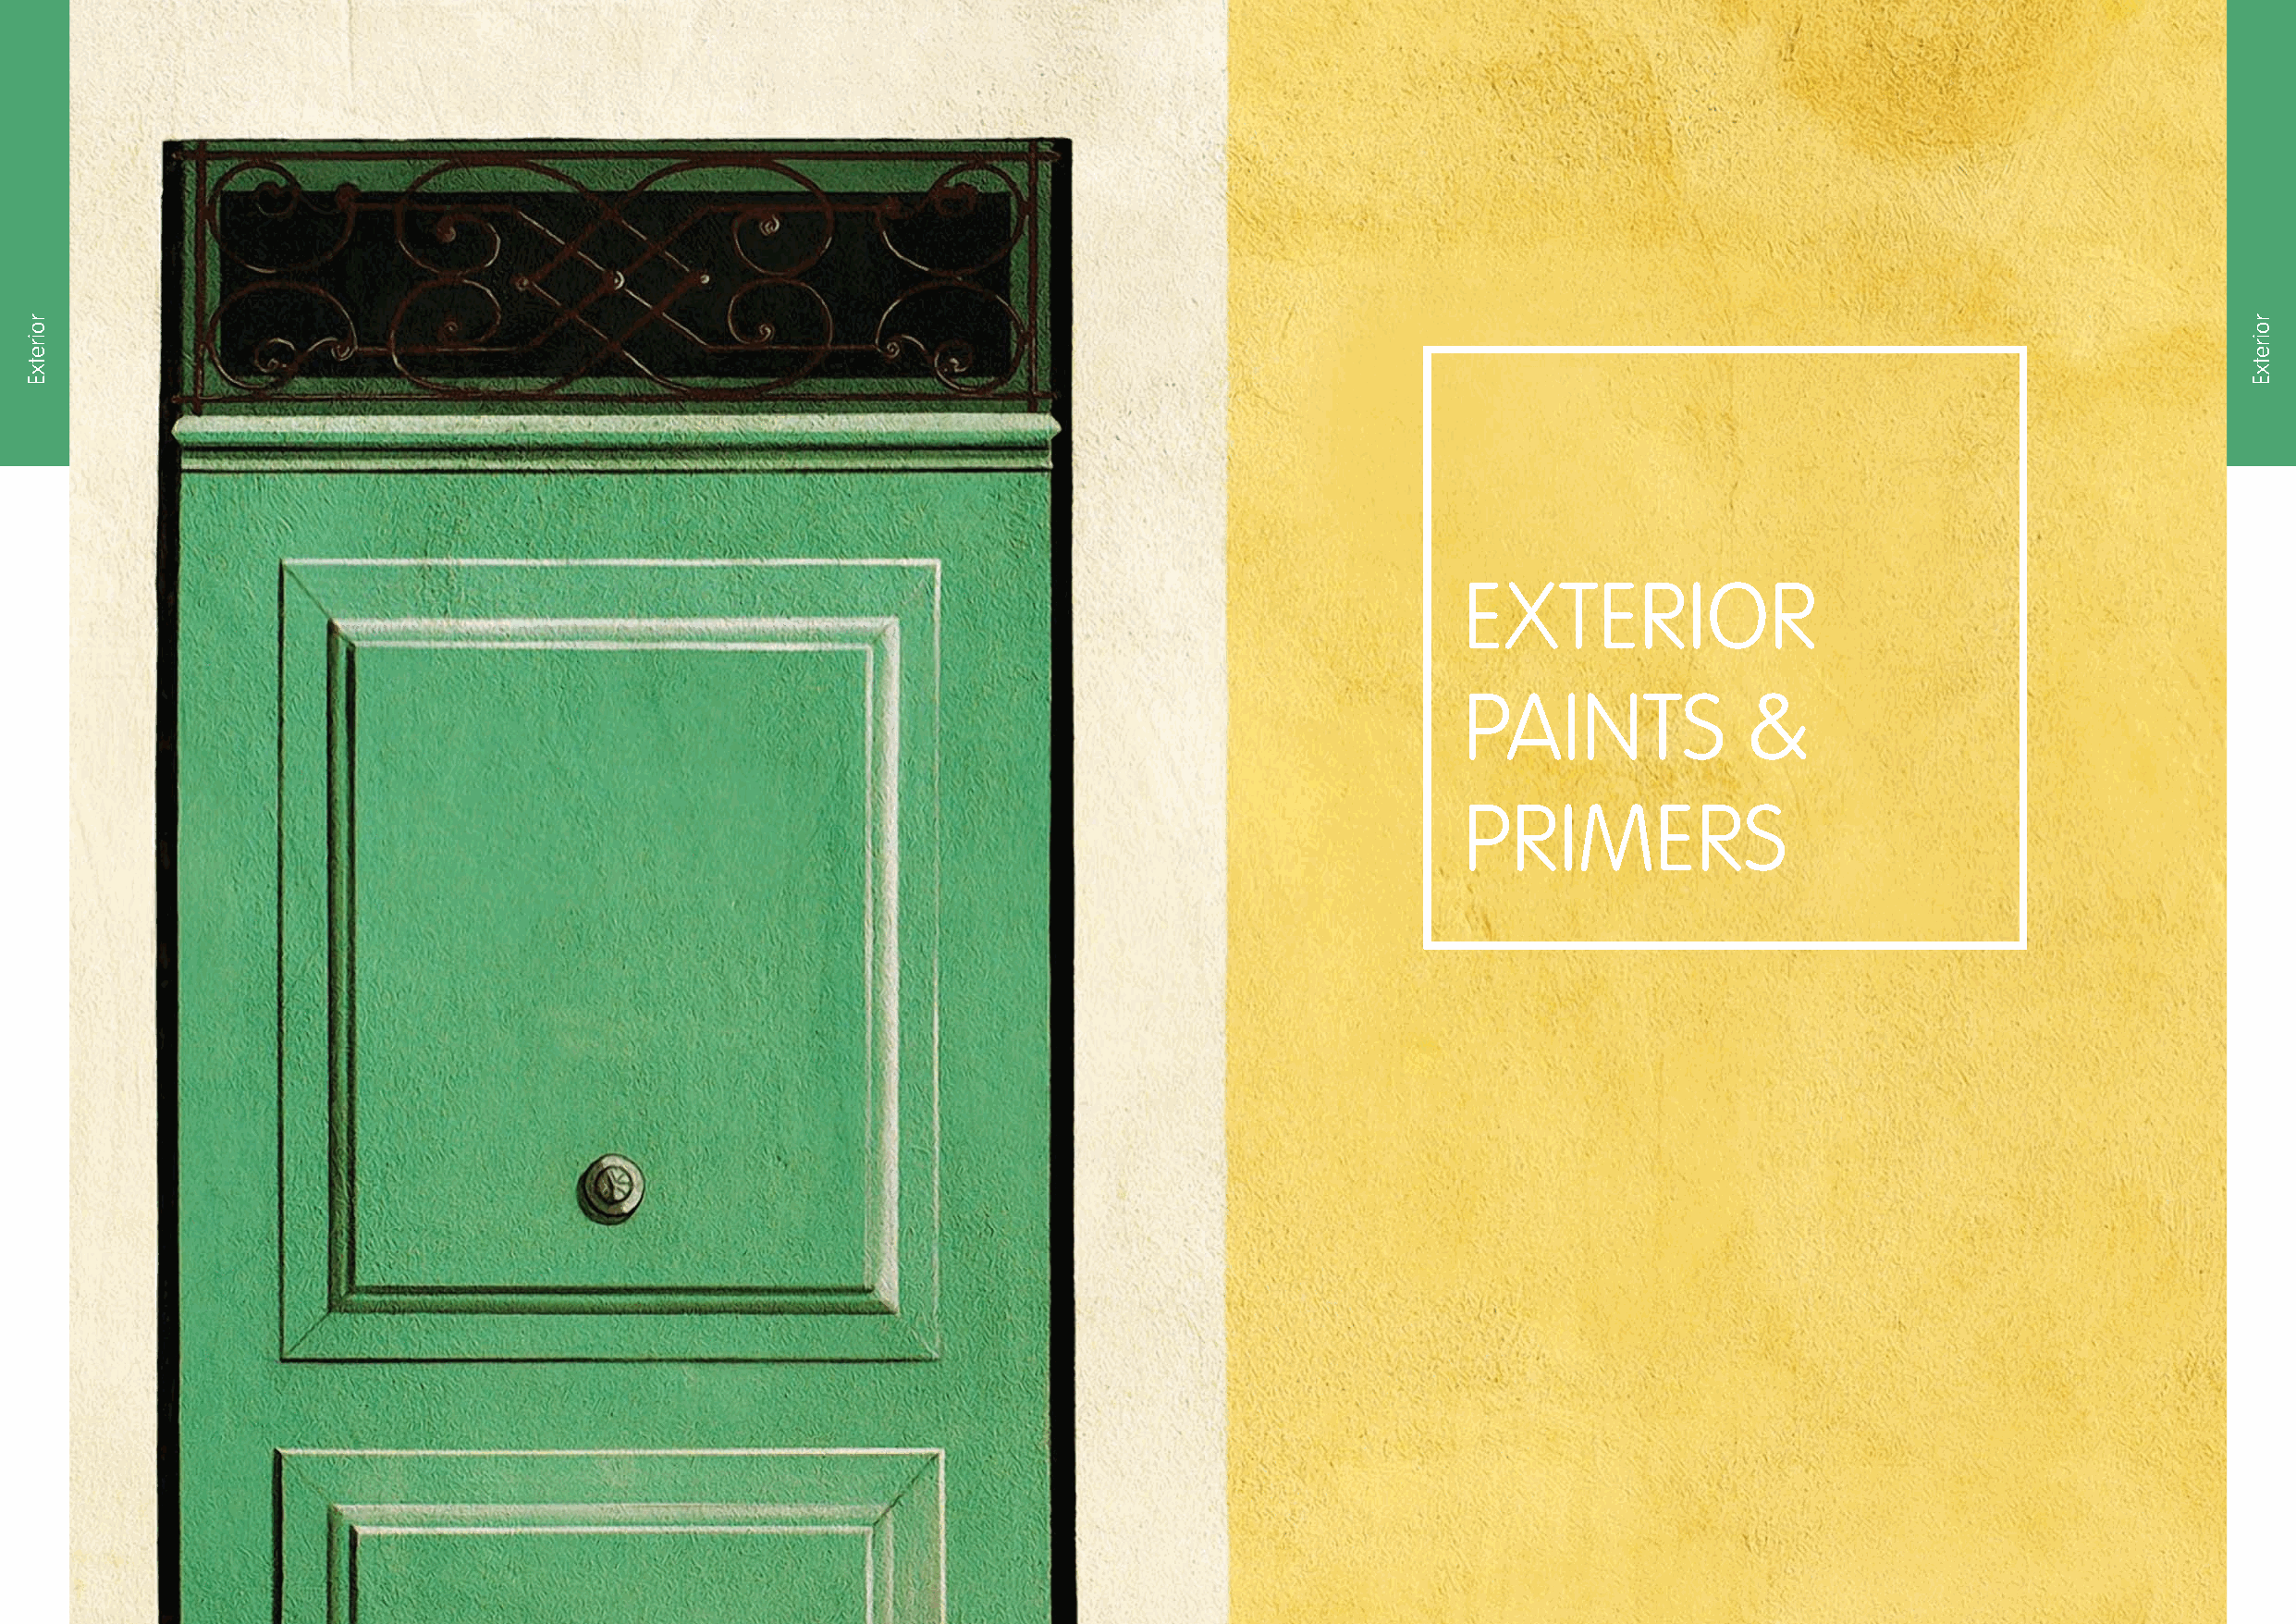
EXTERIOR
 PAINTS              &
 PRIMERS
 36                                                                                                                                               37
 roiretxE                                                                                                                                                       roiretxE